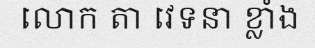
លោក តា វេទនា ខ្លាំង